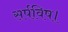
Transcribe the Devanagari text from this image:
सर्पविष।